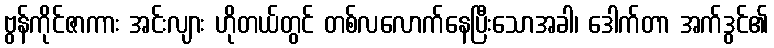
ဗွန်ကိုင်ဇာကား အင်းလျား ဟိုတယ်တွင် တစ်လလောက်နေပြီးသောအခါ၊ ဒေါက်တာ အက်ဒွင်၏